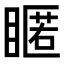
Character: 䁥